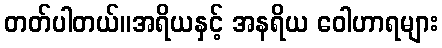
တတ်ပါတယ်။အရိယနှင့် အနရိယ ဝေါဟာရများ